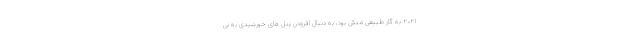
۲۰۲۱ به گاز طبیعی متکی بود، به دنبال افزودن پنل های خورشیدی به نی